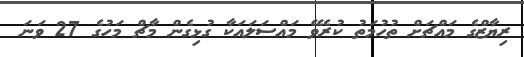
ރިޔާޒްގެ މައްޗަށް ތުހުމަތު ކުރެވޭ މައްސަލައަކާ ގުޅިގެން މާޗް މަހުގެ 27 ވަނަ